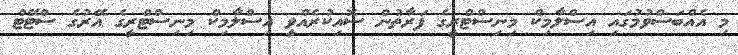
މި އެއްބަސްވުމުގައި އިސްލާމިކް މިނިސްޓްރީގެ ފަރާތުން ސޮއިކުރެއްވީ އިސްލާމިކް މިނިސްޓްރީގެ އޭރުގެ ސްޓޭޓް